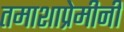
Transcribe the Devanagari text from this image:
तमाशाप्रेमीनी